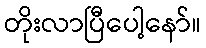
တိုးလာပြီပေါ့နော်။